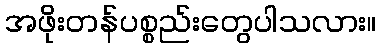
အဖိုးတန်ပစ္စည်းတွေပါသလား။